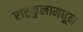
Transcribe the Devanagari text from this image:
राष्ट्रकुलामधून